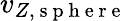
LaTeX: v_{Z,\mathrm{~s~p~h~e~r~e~}}